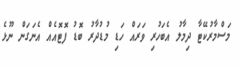
މަސްމާރުކޭޓާ ދިމާލު އެބަހުރި ވަރައް ހަޑި މުޑުދާރު ބޮޑު ފޮޓޮއެއް އެނަގަން ނޫޅެ